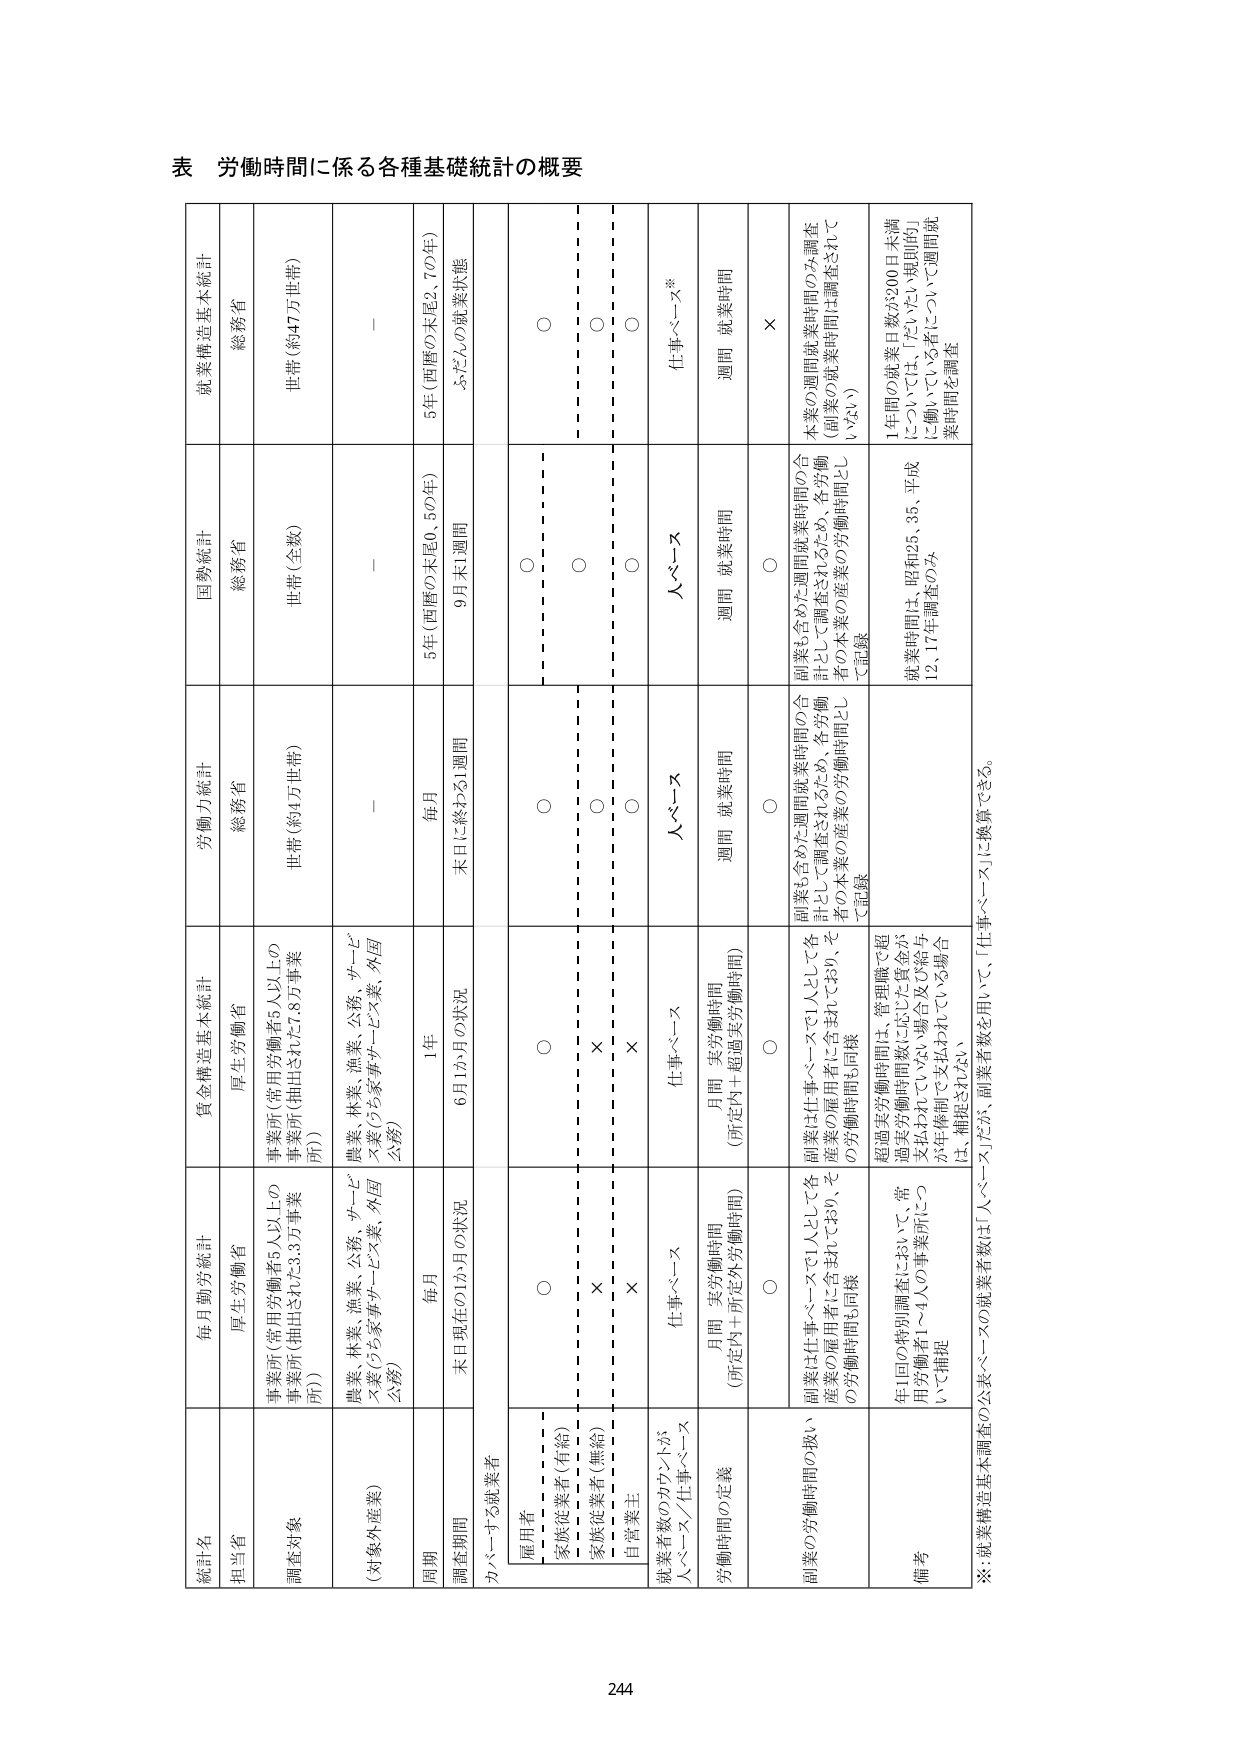
表 労働時間に係る各種基礎統計の概要

統計名
毎月勤労統計
賃金構造基本統計
労働力統計
国勢統計
就業構造基本統計

担当省
厚生労働省
厚生労働省
総務省
総務省
総務省

調査対象
事業所（常用労働者5人以上の事業所（抽出された3.3万事業所））
事業所（常用労働者5人以上の事業所（抽出された7.8万事業所））
世帯（約4万世帯）
世帯（全数）
世帯（約47万世帯）

（対象外産業）
農業、林業、漁業、公務、サービス業（うち家事サービス業、外国公務）
農業、林業、漁業、公務、サービス業（うち家事サービス業、外国公務）
－
－
－

周期
毎月
1年
毎月
5年（西暦の末尾0、5の年）
5年（西暦の末尾2、7の年）

調査期間
末日現在の1か月の状況
6月1か月の状況
末日に終わる1週間
9月末1週間
ふだんの就業状態

カバーサス就業者
雇用者
○
○
○
○
○
家族従業者（有給）
○
○
○
○
○
家族従業者（無給）
×
×
○
○
○
自営業主
×
×
○
○
○

就業者数のカウントが
人ベース／仕事ベース
仕事ベース
仕事ベース
人ベース
人ベース
仕事ベース※

労働時間の定義
月間 実労働時間
（所定内＋所定外労働時間）
月間 実労働時間
（所定内＋超過実労働時間）
週間 就業時間
週間 就業時間
週間 就業時間

副業の労働時間の扱い
○
○
○
○
×
副業は仕事ベースで1人として各産業の雇用者に含まれており、その労働時間も同様
副業も含めた週間就業時間の合計として調査されるため、各労働者の本業の産業の労働時間として記録
副業も含めた週間就業時間の合計として調査されるため、各労働者の本業の産業の労働時間として記録
本業の週間就業時間のみ調査（副業の就業時間は調査されていない）

備考
年1回の特別調査において、常用労働者1～4人の事業所について補足
超過実労働時間は、管理職で超過実労働時間数に応じた賃金が支払われていない場合及び給与が年俸制で支払われている場合は、補足されない
就業時間は、昭和25、35、平成12、17年調査のみ
1年間の就業日数が200日未満については、「たいてい短時間」に働いている者について週間就業時間を調査

※：就業構造基本調査の公表ベースだが、副業者数を用いて、「仕事ベース」に換算できる。

244